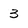
Character: 3